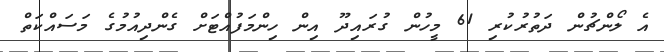
އެ ލޯންޗުން ދަތުރުކުރި 61 މީހުން ގުރައިދޫ އިން ހިންމަފުއްޓަށް ގެންދިއުމުގެ މަސައްކަތް